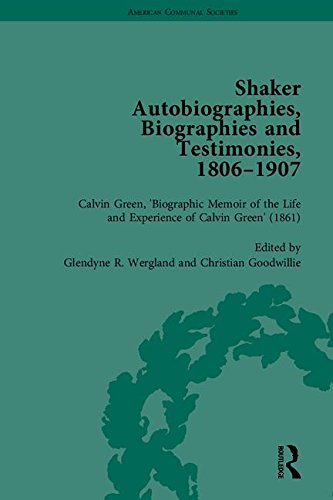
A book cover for Shaker Autobiographies, Biographies and Testimonies, 1806-1907 (American Communal Societies); Christian Books & Bibles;